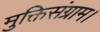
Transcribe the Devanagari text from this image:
मुक्तिसंग्राम।